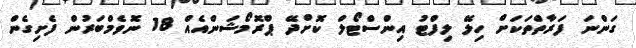
ގަންނަ ފަރާތްތަކަށް ހިލޭ ލިފްޓު އިންސްޓޯލް ކޮށްދޭ ޕްރޮމޯޝަންއެއް 18 ނޮވެމްބަރުން ފެށިގެން